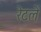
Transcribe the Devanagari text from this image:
रेटलें